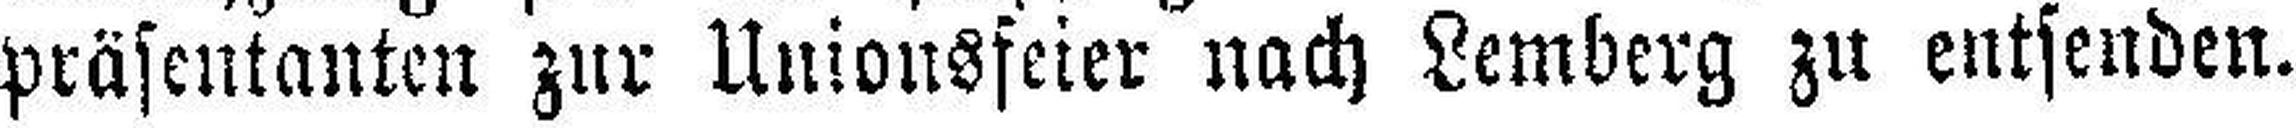
präsentanten zur Unionsfeier nach Lemberg zu entsenden.